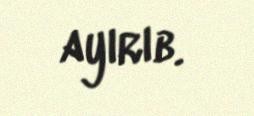
ayırıb.